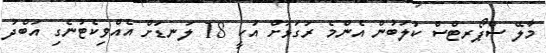
މާލޭ ސްޕޯރޓްސް ކުލަބުން އެންމެ ރަގަޅަށް އުކީ 18 ލަނޑަށް އެއްވިކެޓުނެގި އަބްދު